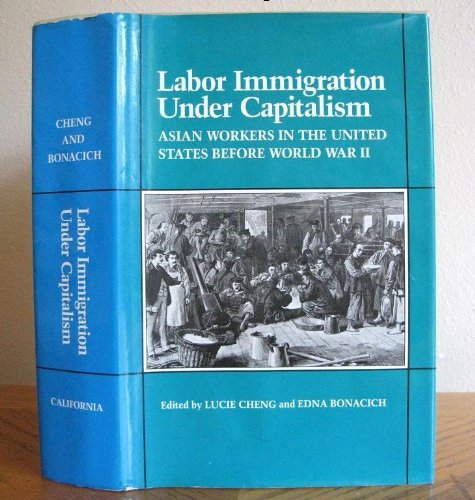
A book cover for Labor Immigration Under Capitalism: Asian Workers in the United States Before World War II; Business & Money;